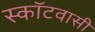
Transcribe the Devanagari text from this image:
स्कॉटवासी